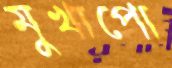
মুখাপো